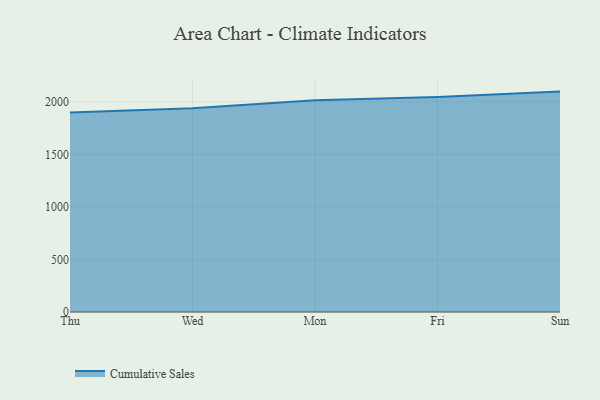
{"axis": {"x": "Day", "y": "Temperature (°C)"}, "legend": ["Cumulative Sales"], "data": [{"x": "Thu", "y": 1897.1, "type": "Cumulative Sales"}, {"x": "Wed", "y": 1939.4, "type": "Cumulative Sales"}, {"x": "Mon", "y": 2013.7, "type": "Cumulative Sales"}, {"x": "Fri", "y": 2044.2, "type": "Cumulative Sales"}, {"x": "Sun", "y": 2096.7, "type": "Cumulative Sales"}]}